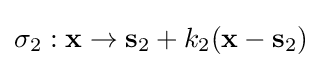
\sigma _{2}:\mathbf {x} \to \mathbf {s} _{2}+k_{2}(\mathbf {x} -\mathbf {s} _{2})\